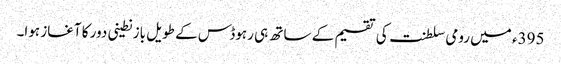
395ء میں رومی سلطنت کی تقسیم کے ساتھ ہی رہوڈس کے طویل بازنطینی دور کا آغاز ہوا۔